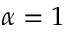
\alpha = 1